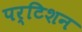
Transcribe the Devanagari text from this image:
पर्टिशन